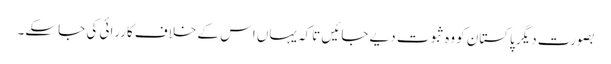
بصورت دیگر پاکستان کو وہ ثبوت دیے جائیں تاکہ یہاں اس کے خلاف کاررائی کی جا سکے۔